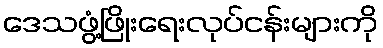
ဒေသဖွံ့ဖြိုးရေးလုပ်ငန်းများကို